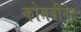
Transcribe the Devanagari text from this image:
कोमबीनेट्र